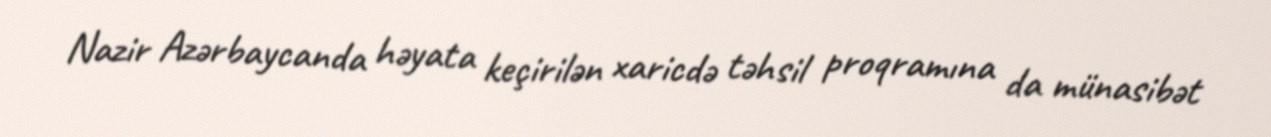
Nazir Azərbaycanda həyata keçirilən xaricdə təhsil proqramına da münasibət